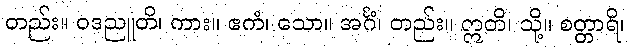
တည်း။ ဝဒညူတိ၊ ကား။ ဧကံ၊ သော။ အင်္ဂံ၊ တည်း။ ဣတိ၊ သို့။ စတ္တာရိ၊